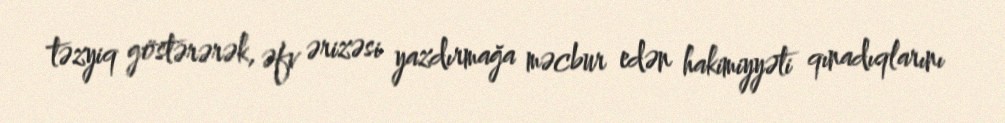
təzyiq göstərərək, əfv ərizəsi yazdırmağa məcbur edən hakimiyyəti qınadıqlarını